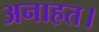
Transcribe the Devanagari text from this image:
अनाहत।